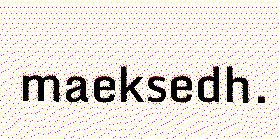
maeksedh.